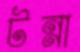
টন্না